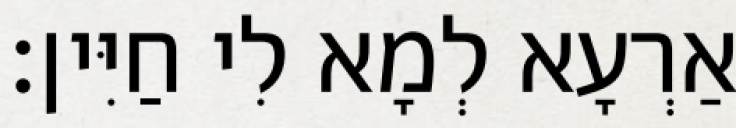
אַרְעָא לְמָא לִי חַיִּין׃